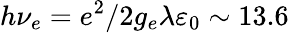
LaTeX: h\nu_{e}=e^{2}/2g_{e}\lambda\varepsilon_{0}\sim 13.6